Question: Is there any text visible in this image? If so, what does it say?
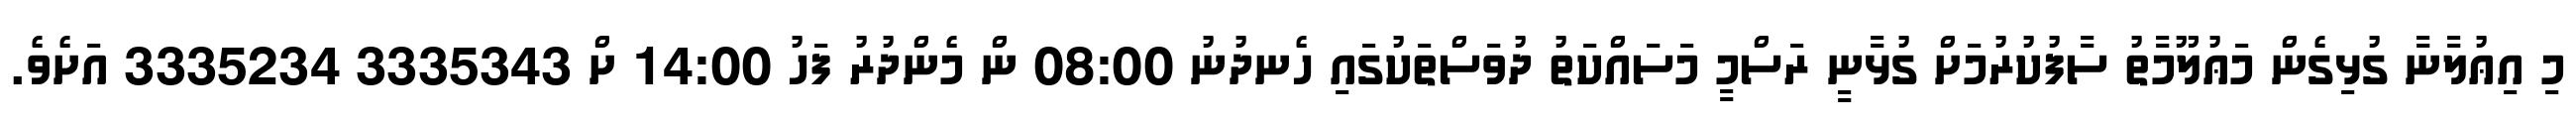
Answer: މި އިޢުލާނާ ގުޅިގެން މަޢުލޫމާތު ސާފުކުރުމަށް ގުޅާނީ ރަސްމީ މަސައްކަތު ދުވަސްތަކުގައި ހެނދުނު 08:00 ން މެންދުރު ފަހު 14:00 ށް 3335343 3335234 އަށެވެ.